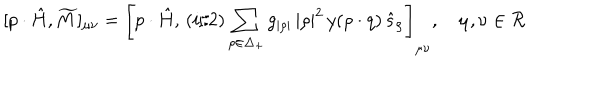
LaTeX: [ p \cdot \hat { H } , \widetilde { M } ] _ { \mu \nu } = \left[ p \cdot \hat { H } , \, { ( i / 2 ) } \sum _ { \rho \in \Delta _ { + } } g _ { | \rho | } \, { | \rho | ^ { 2 } } \, y ( \rho \cdot q ) \, \hat { s } _ { \rho } \right] _ { \mu \nu } , \quad \mu , \nu \in { \cal R }